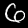
Digit: 6